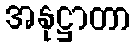
အနုဋ္ဌာတာ